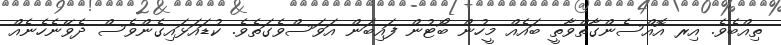
ތިއްބެވެ. އިރ އޮއްސެންގާތްވާތީ ބައެއް މީހުން ބޯޓުން ފައިބަން އަވަސްވެގަތެވެ. ކުޑައަޅައިގެންވެސް ދެވޭނެހެނެއް